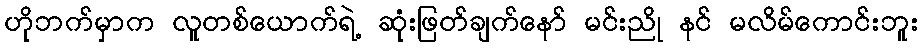
ဟိုဘက်မှာက လူတစ်ယောက်ရဲ့ ဆုံးဖြတ်ချက်နော် မင်းညို နင် မလိမ်ကောင်းဘူး